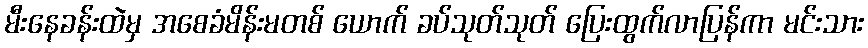
မီးနေခန်းထဲမှ အစေခံမိန်းမတစ် ယောက် ခပ်သုတ်သုတ် ပြေးထွက်လာပြန်ကာ မင်းသား